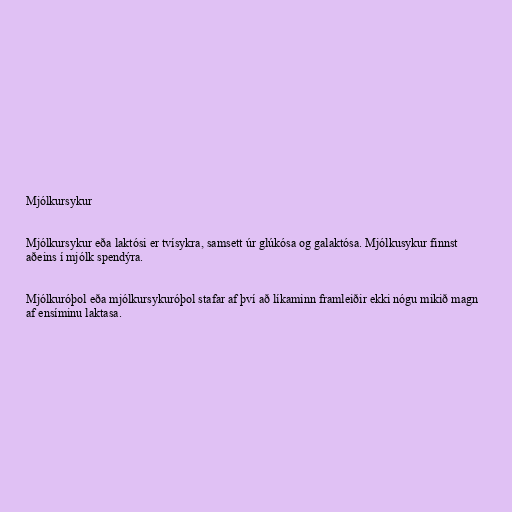
Mjólkursykur

Mjólkursykur eða laktósi er tvísykra, samsett úr glúkósa og galaktósa. Mjólkusykur finnst
aðeins í mjólk spendýra.

Mjólkuróþol eða mjólkursykuróþol stafar af því að líkaminn framleiðir ekki nógu mikið magn
af ensíminu laktasa.